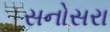
સનોસરા